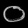
Digit: ၀